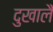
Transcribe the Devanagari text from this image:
दुखालै